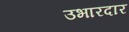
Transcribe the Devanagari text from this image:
उभारदार